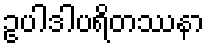
ဥပါဒါပရိတဿနာ